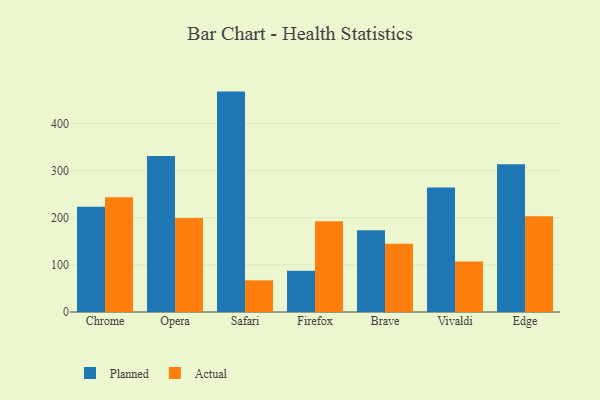
{"axis": {"x": "Browser", "y": "Shipments"}, "legend": ["Actual", "Planned"], "data": [{"x": "Chrome", "y": 223.4, "type": "Planned"}, {"x": "Chrome", "y": 243.5, "type": "Actual"}, {"x": "Opera", "y": 331.1, "type": "Planned"}, {"x": "Opera", "y": 199.6, "type": "Actual"}, {"x": "Safari", "y": 467.6, "type": "Planned"}, {"x": "Safari", "y": 67.2, "type": "Actual"}, {"x": "Firefox", "y": 87.5, "type": "Planned"}, {"x": "Firefox", "y": 192.8, "type": "Actual"}, {"x": "Brave", "y": 173.7, "type": "Planned"}, {"x": "Brave", "y": 144.6, "type": "Actual"}, {"x": "Vivaldi", "y": 264.2, "type": "Planned"}, {"x": "Vivaldi", "y": 107.0, "type": "Actual"}, {"x": "Edge", "y": 313.3, "type": "Planned"}, {"x": "Edge", "y": 203.2, "type": "Actual"}]}